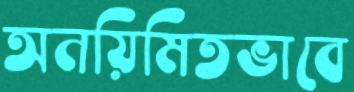
অনয়িমিতভাবে